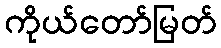
ကိုယ်တော်မြတ်